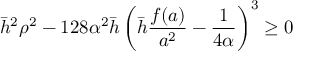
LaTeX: \bar { h } ^ { 2 } \rho ^ { 2 } - 1 2 8 \alpha ^ { 2 } \bar { h } \left( \bar { h } \frac { f ( a ) } { a ^ { 2 } } - \frac { 1 } { 4 \alpha } \right) ^ { 3 } \geq 0